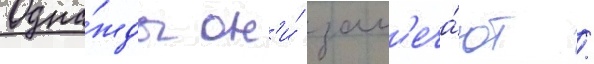
Одна́жды он'и́ зам'еча́ют /